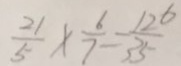
\frac { 2 1 } { 5 } \times \frac { 6 } { 7 } = \frac { 1 2 6 } { 3 5 }